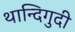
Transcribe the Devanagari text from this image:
थान्दिगुदी